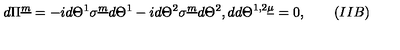
d \Pi ^ { \underline { m } } = - i d \Theta ^ { 1 } \sigma ^ { \underline { m } } d \Theta ^ { 1 } - i d \Theta ^ { 2 } \sigma ^ { \underline { m } } d \Theta ^ { 2 } , d d \Theta ^ { 1 , 2 \underline { \mu } } = 0 , \qquad ( I I B )